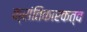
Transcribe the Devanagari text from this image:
क्रांतिकारकत्व